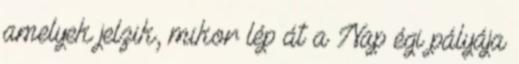
amelyek jelzik, mikor lép át a Nap égi pályája